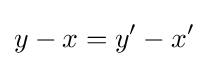
y-x=y'-x'